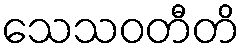
သေသဝတီတိ